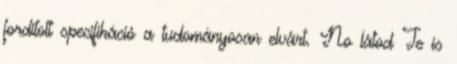
fordított specifikáció a tudományosan elvárt. No látod Te is